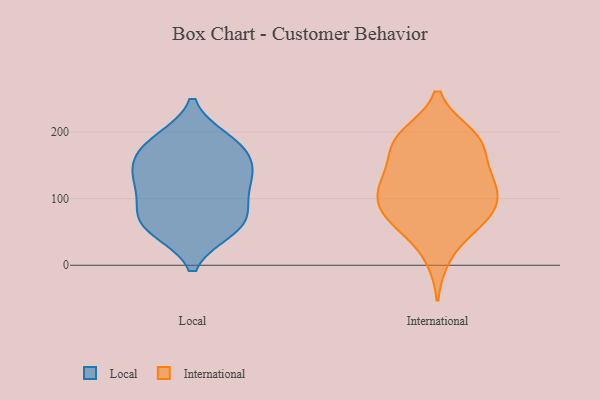
{"axis": {"x": "Gross Profit (USD K)", "y": "Value"}, "legend": ["International", "Local"], "data": [{"x": "", "y": 186, "type": "Local"}, {"x": "", "y": 124, "type": "Local"}, {"x": "", "y": 168, "type": "Local"}, {"x": "", "y": 137, "type": "Local"}, {"x": "", "y": 174, "type": "Local"}, {"x": "", "y": 135, "type": "Local"}, {"x": "", "y": 69, "type": "Local"}, {"x": "", "y": 138, "type": "Local"}, {"x": "", "y": 56, "type": "Local"}, {"x": "", "y": 188, "type": "Local"}, {"x": "", "y": 53, "type": "Local"}, {"x": "", "y": 89, "type": "Local"}, {"x": "", "y": 95, "type": "Local"}, {"x": "", "y": 58, "type": "Local"}, {"x": "", "y": 196, "type": "International"}, {"x": "", "y": 120, "type": "International"}, {"x": "", "y": 104, "type": "International"}, {"x": "", "y": 178, "type": "International"}, {"x": "", "y": 59, "type": "International"}, {"x": "", "y": 134, "type": "International"}, {"x": "", "y": 12, "type": "International"}, {"x": "", "y": 105, "type": "International"}, {"x": "", "y": 110, "type": "International"}, {"x": "", "y": 132, "type": "International"}, {"x": "", "y": 78, "type": "International"}, {"x": "", "y": 65, "type": "International"}, {"x": "", "y": 190, "type": "International"}, {"x": "", "y": 195, "type": "International"}, {"x": "", "y": 185, "type": "International"}, {"x": "", "y": 84, "type": "International"}, {"x": "", "y": 153, "type": "International"}, {"x": "", "y": 64, "type": "International"}]}